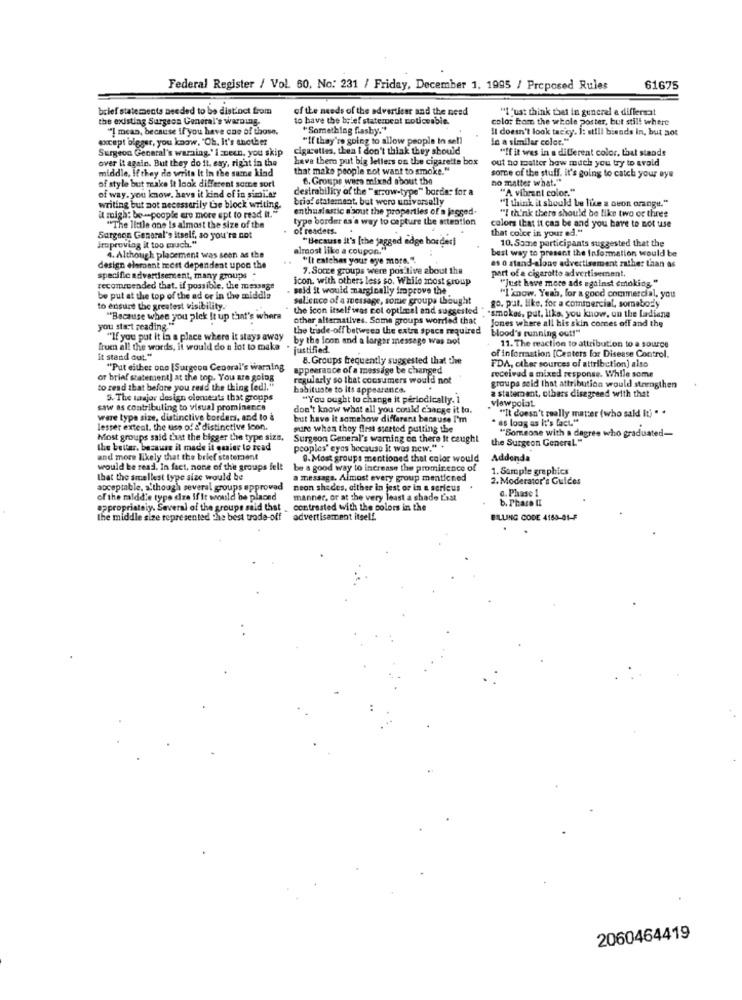
Federal Register / Vol. 60, No: 231 / Friday, December 1, 1995 / Proposed Rules
61675
brief statements needed to be distinct from
of the needs of the advertiser and the need
"1 'ust think thet in general e differsat
the existing Surgeon General's warning.
to have the brief statement noticeable.
color from the whole poster, but still where
"! mean, because if you have one of those.
"Something flashy."
Il doesn't look tacky. I: still bisads in, but aot
except algger, you know, "Oh, It's another
"If they're going to allow people In sell
In a similar color."
Surgeon General's warning.' Ineen, you skip
cigarettes, thea i don't think they should
"If it wes in a different color, that stands
over it again. But they do it. esy, right in the
have thera put big letters on the cigarette box
out no matter how much you try to avoid
middle, If they die write It In the same kind
that make people not want to smoke."
6. Groups wars mixad about the
some of the stuff. it's going to catch your eye
no matter what."
of style but make it look different some sort
desirability of the " arrow-type" border for a
"A vibrant color."
of way. you know. hava it kind of in similar
brig! statement, but were universally
"I think it should be like a oeon orange."
writing but not necessarily Ge block writing.
enthusiastic n'aout the properties of a jogged-
it might be-people ere more ept to read it."
type border as'a way to capture the attention
"I think there should be like two or three
"The little one Is almost the size of the
of readers.
colors that it can be and you have to not use
that color in your ed."
Surgeon General's itself, so you're not
"Because it's [the jagged edge border)
10. Some participants suggested that the
Improving it too much."
almost like a coupon."
best way to present the Information would be
4. Although placement was seen as the
"It ratchas your eye more."
es o stand-alone advertisement rather than as
design element mest dependent upon the
7. Some groups were pos tive about the
part of a cigarotto advertisement.
specific advertisement, many groups *
icon, with others less so. While most group
"Just have more ads against smoking"
recommended that, if possible, the message
- said it would marginally improve the
be put at the top of the ad or in the middle
salience of a message, some groups thought
"I know. Yeah, for a good commercial, you
to ensure the greatest visibility.
the icon itself was col optimal and suggested
*smokes, put, like, you know, on the Ladiana
go. pat. like. for a comtoercial, somebody
"Because when you pick It up that's where
other alternatives. Some groups worried that
Jones where all his skin comes off and the
you start reading."
the trade-off between the extra space required
blood's running out!"
"If you put it in a place where it stays away
by the foon and a largar message was not
frue all the words, it would do a lot to make
justified
of information [Centers for Disease Control.
11. The reaction to attribution to a source
it stand out."
8. Groups frequently suggested that the
"Put either one [Surgeon General's warning
appearance of a message be changed
FDA, other sources of attribction) also
received a mixed response. While some
or brief statement) at the top. You are golog
regularly so that consumers would not
to read that before you read the thing (ed)."
habituate to Its appearence.
groupe said that attribution would strengthen
a statement, others disagreed with that
5. The taajor design elements that groups
"You ought to change it periodically. 1
viewpoint
saw as contributing to visual prominence
don't know what all you could change it to.
"It doesn't really matter (who said It) . *
ware type size, distinctive borders, and to
but have it somehow different because I'm
as long as it's fact."
lesser extent, the use of s'distinctive loon.
sure when they first started putting the
"Someone with a degree who graduated-
Most groups said that the bigger the type size,
Surgeon General's warning on there it caught
the Surgeon General."
the better, because it made it easier to read
peoples' eyes because it was new."
and more likely that the brief statement
9. Most groups mentioned that color would
Addenda
would be read. In fact, none of the groups felt
be a good way to increase the prominence of
1. Sample graphics
that the smellest type size would be
a message. Almost every group mentioned
2. Moderator's Guides
acceptable, s'though several groups approved
neon shedes, afther in jest or in a serious
d. Phase 1
of the raidd'e type dize !!
pe dre if It would be placed
manner, or at the very least a shade Last
b. Phase II
appropriately. Several of the groups said that
. contrasted with the colors in the
the middle size represented the best trade-off advertisement itself.
BILLING CODE 4160-01-F
2060464419